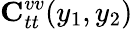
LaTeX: {\mathbf C}_{tt}^{vv}(y_{1},y_{2})